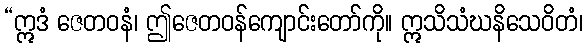
“ဣဒံ ဇေတဝနံ၊ ဤဇေတဝန်ကျောင်းတော်ကို။ ဣသိသံဃနိသေဝိတံ၊